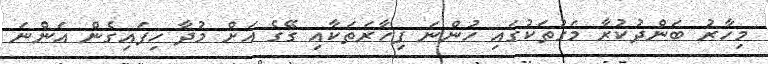
މިހާރު ބަންދުކުރާ މަގުތަކުގައި ހުންނަ ފިހާރަތަކާއި ގޭގެ އަށް މުދާ ހިފައިގެން އަންނަ